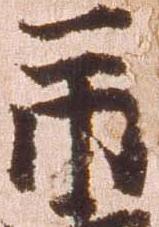
市